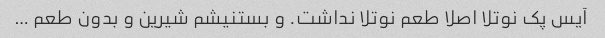
آیس پک نوتلا اصلا طعم نوتلا نداشت. و بستنیشم شیرین و بدون طعم …